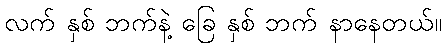
လက် နှစ် ဘက်နဲ့ ခြေ နှစ် ဘက် နာနေတယ်။